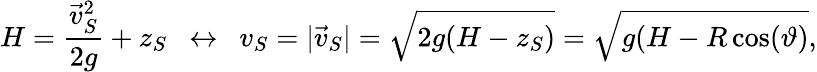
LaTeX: H=\frac{\vec{v}_{S}^{2}}{2g}+z_{S}~~\leftrightarrow~~v_{S}=|\vec{v}_{S}|=\sqrt{2g(H-z_{S})}=\sqrt{g(H-R\cos(\vartheta)},